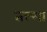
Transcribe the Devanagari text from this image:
तल्मा